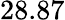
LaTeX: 28.87